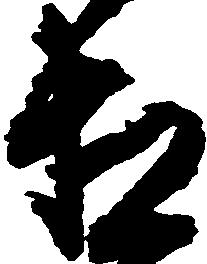
相